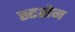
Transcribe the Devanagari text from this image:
स्टशेन